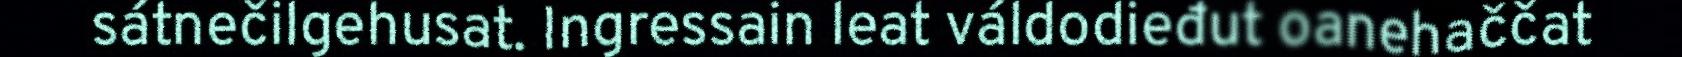
sátnečilgehusat. Ingressain leat váldodieđut oanehaččat